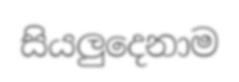
සියලුදෙනාම